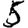
Digit: 5